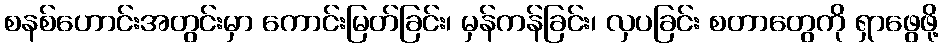
စနစ်ဟောင်းအတွင်းမှာ ကောင်းမြတ်ခြင်း၊ မှန်ကန်ခြင်း၊ လှပခြင်း စတာတွေကို ရှာဖွေဖို့